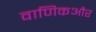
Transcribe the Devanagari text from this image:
वाणिकऔर